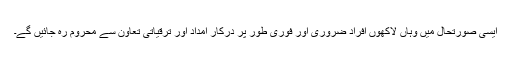
ایسی صورتحال میں وہاں لاکھوں افراد ضروری اور فوری طور پر درکار امداد اور ترقیاتی تعاون سے محروم رہ جائیں گے۔